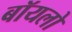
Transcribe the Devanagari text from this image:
बॉयलो